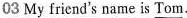
03 My friend's name is \underline{Tom}.